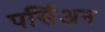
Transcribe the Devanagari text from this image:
पर्सिअन